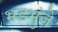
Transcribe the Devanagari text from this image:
भडभुंजे